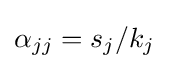
\alpha _{jj}=s_{j}/k_{j}